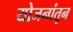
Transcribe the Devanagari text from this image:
योजनांतून